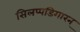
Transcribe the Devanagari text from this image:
सिलप्पडिगारन्